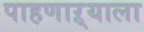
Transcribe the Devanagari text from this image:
पाहणाऱ्याला